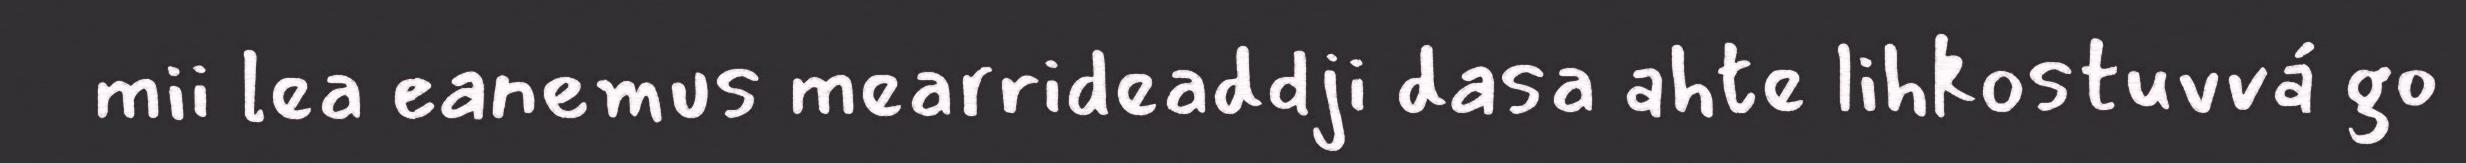
mii lea eanemus mearrideaddji dasa ahte lihkostuvvá go